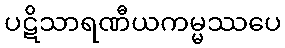
ပဋိသာရဏီယကမ္မဿပေ